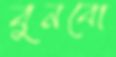
বুনবো